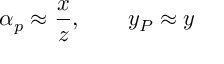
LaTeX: \alpha _ { p } \approx \frac { x } { z } , \qquad y _ { P } \approx y